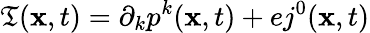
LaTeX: \mathfrak{T}({\mathbf{x}},t)=\partial_{k}p^{k}({\mathbf{x}},t)+ej^{0}({\mathbf{x}},t)